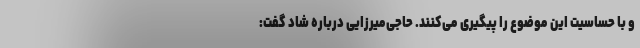
و با حساسیت این موضوع را پیگیری می‌کنند. حاجی‌میرزایی درباره شاد گفت: